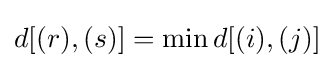
d[(r),(s)]=\min d[(i),(j)]